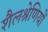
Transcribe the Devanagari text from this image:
शैलश्रेणियों